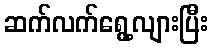
ဆက်လက်ရွေ့လျားပြီး